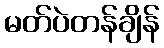
မတ်ပဲတန်ချိန်